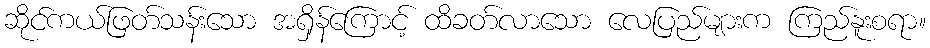
ဆိုင်ကယ်ဖြတ်သန်းသော အရှိန်ကြောင့် ထိခတ်လာသော လေပြည်များက ကြည်နူးစရာ။